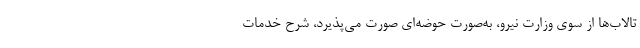
تالاب‌ها از سوی وزارت نیرو، به‌صورت حوضه‌ای صورت می‌پذیرد، شرح خدمات